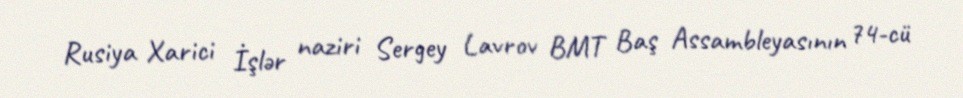
Rusiya Xarici İşlər naziri Sergey Lavrov BMT Baş Assambleyasının 74-cü